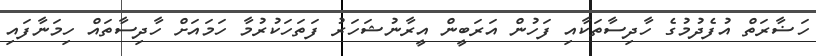
ހަޟާރަތް އުފެދުމުގެ ހާދިސާތަކާއި ފަހުން އަރަބީން އީރާނުޝަހަރު ފަތަހަކުރުމާ ހަމައަށް ހާދިސާތައް ހިމަނާފައި